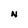
Character: N